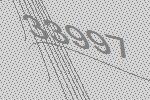
33997